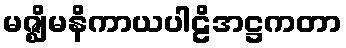
မဇ္ဈိမနိကာယပါဠိအဋ္ဌကတာ